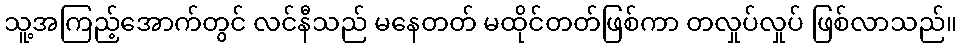
သူ့အကြည့်အောက်တွင် လင်နီသည် မနေတတ် မထိုင်တတ်ဖြစ်ကာ တလှုပ်လှုပ် ဖြစ်လာသည်။